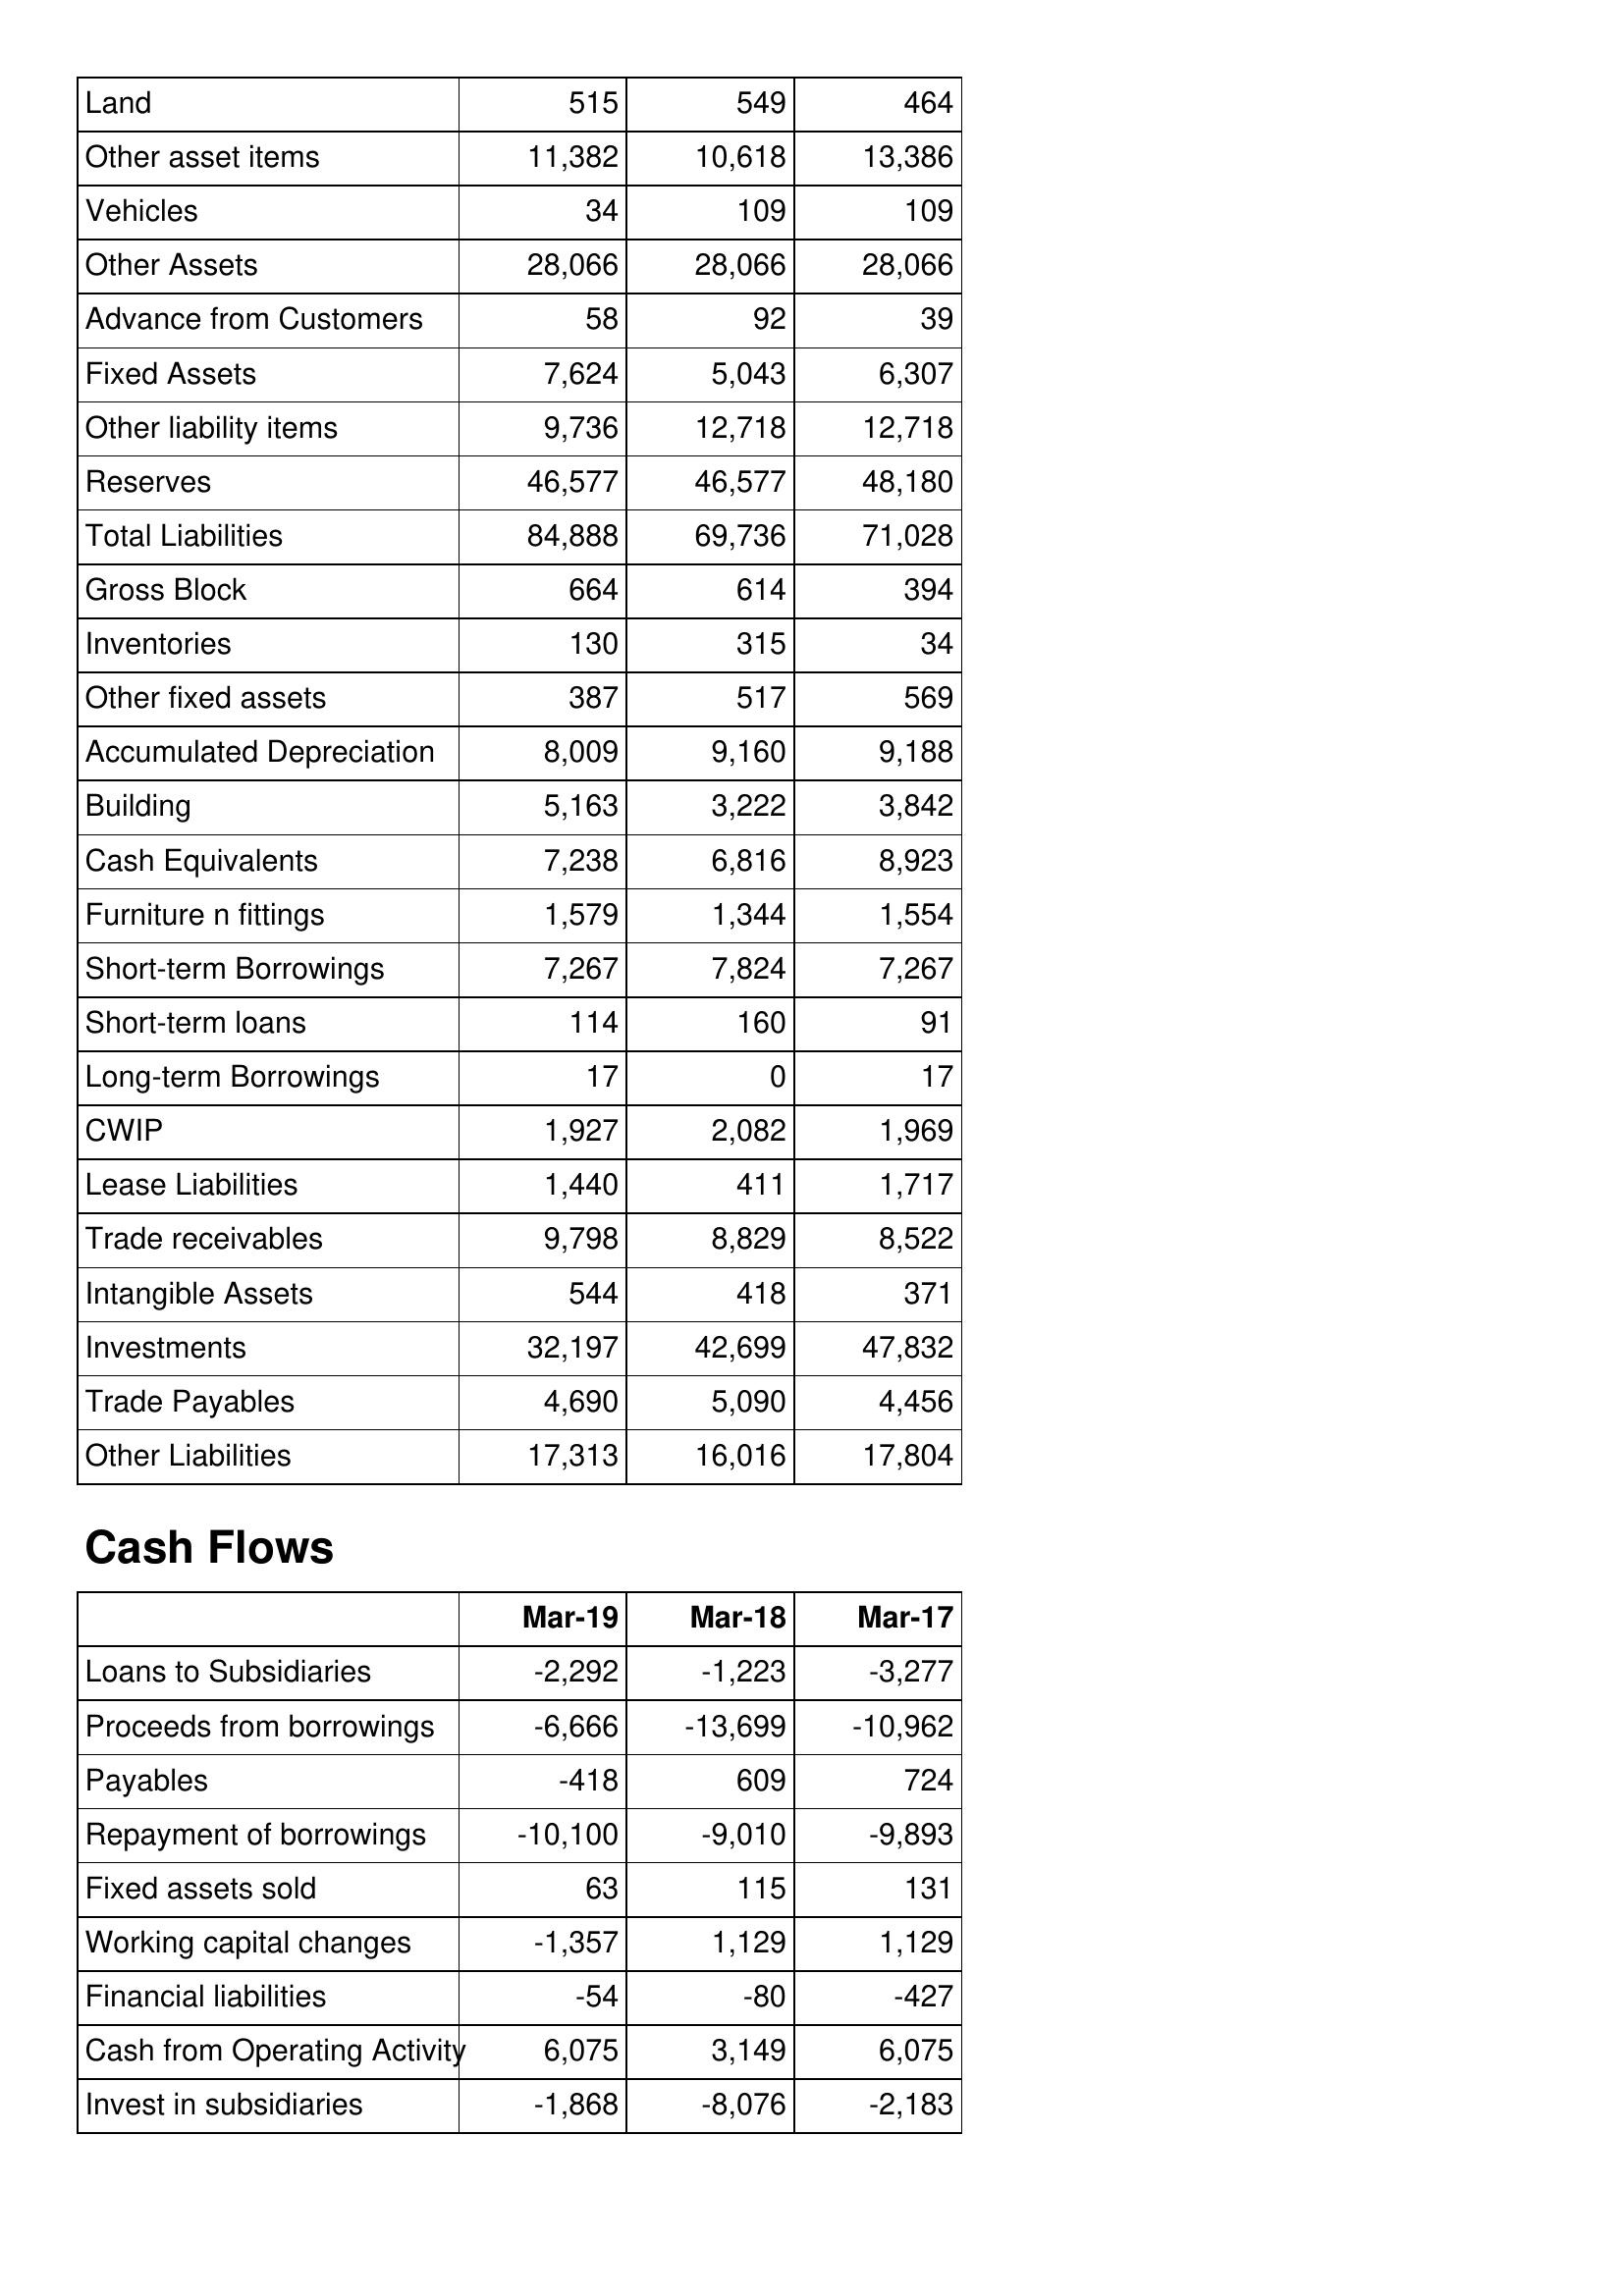
Mar-19: Balance Sheet: Land: 515
Other asset items: 11,382
Vehicles: 34
Other Assets: 28,066
Advance from Customers: 58
Fixed Assets: 7,624
Other liability items: 9,736
Reserves: 46,577
Total Liabilities: 84,888
Gross Block: 664
Inventories: 130
Other fixed assets: 387
Accumulated Depreciation: 8,009
Building: 5,163
Cash Equivalents: 7,238
Furniture n fittings: 1,579
Short-term Borrowings: 7,267
Short-term loans: 114
Long-term Borrowings: 17
CWIP: 1,927
Lease Liabilities: 1,440
Trade receivables: 9,798
Intangible Assets: 544
Investments: 32,197
Trade Payables: 4,690
Other Liabilities: 17,313
Cash Flows: Loans to Subsidiaries: -2,292
Proceeds from borrowings: -6,666
Payables: -418
Repayment of borrowings: -10,100
Fixed assets sold: 63
Working capital changes: -1,357
Financial liabilities: -54
Cash from Operating Activity: 6,075
Invest in subsidiaries: -1,868
Mar-18: Balance Sheet: Land: 549
Other asset items: 10,618
Vehicles: 109
Other Assets: 28,066
Advance from Customers: 92
Fixed Assets: 5,043
Other liability items: 12,718
Reserves: 46,577
Total Liabilities: 69,736
Gross Block: 614
Inventories: 315
Other fixed assets: 517
Accumulated Depreciation: 9,160
Building: 3,222
Cash Equivalents: 6,816
Furniture n fittings: 1,344
Short-term Borrowings: 7,824
Short-term loans: 160
Long-term Borrowings: 0
CWIP: 2,082
Lease Liabilities: 411
Trade receivables: 8,829
Intangible Assets: 418
Investments: 42,699
Trade Payables: 5,090
Other Liabilities: 16,016
Cash Flows: Loans to Subsidiaries: -1,223
Proceeds from borrowings: -13,699
Payables: 609
Repayment of borrowings: -9,010
Fixed assets sold: 115
Working capital changes: 1,129
Financial liabilities: -80
Cash from Operating Activity: 3,149
Invest in subsidiaries: -8,076
Mar-17: Balance Sheet: Land: 464
Other asset items: 13,386
Vehicles: 109
Other Assets: 28,066
Advance from Customers: 39
Fixed Assets: 6,307
Other liability items: 12,718
Reserves: 48,180
Total Liabilities: 71,028
Gross Block: 394
Inventories: 34
Other fixed assets: 569
Accumulated Depreciation: 9,188
Building: 3,842
Cash Equivalents: 8,923
Furniture n fittings: 1,554
Short-term Borrowings: 7,267
Short-term loans: 91
Long-term Borrowings: 17
CWIP: 1,969
Lease Liabilities: 1,717
Trade receivables: 8,522
Intangible Assets: 371
Investments: 47,832
Trade Payables: 4,456
Other Liabilities: 17,804
Cash Flows: Loans to Subsidiaries: -3,277
Proceeds from borrowings: -10,962
Payables: 724
Repayment of borrowings: -9,893
Fixed assets sold: 131
Working capital changes: 1,129
Financial liabilities: -427
Cash from Operating Activity: 6,075
Invest in subsidiaries: -2,183